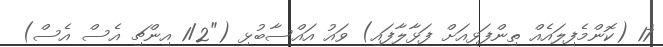
'17 (ކޮންމެފިލައެއް ތިންފަޅިއަށް ފަޅާލާފައި) ވައު އައްސާބުޅި ("1/2 އިންޗި އެސް އެސް)